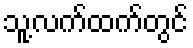
သူ့လက်ထက်တွင်